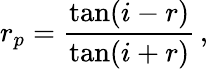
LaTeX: r_{p}={\frac{\tan(i-r)}{\tan(i+r)}}\, ,